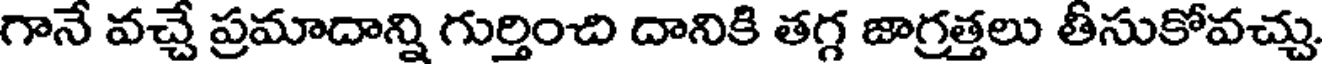
గానే వచ్చే ప్రమాదాన్ని గుర్తించి దానికి తగ్గ జాగ్రత్తలు తీసుకోవచ్చు